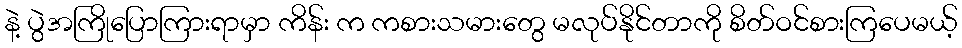
နဲ့ ပွဲအကြိုပြောကြားရာမှာ ကိန်း က ကစားသမားတွေ မလုပ်နိုင်တာကို စိတ်ဝင်စားကြပေမယ့်